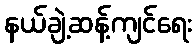
နယ်ချဲ့ဆန့်ကျင်ရေး